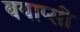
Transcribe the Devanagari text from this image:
बयाप्सी